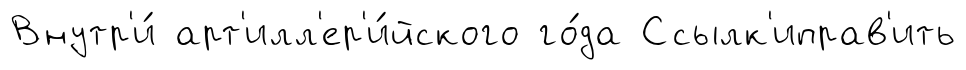
Внутр'и́ арт'илл'ер'и́йского го́да Ссылк'иправ'ить